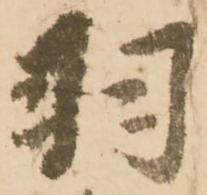
羽